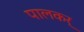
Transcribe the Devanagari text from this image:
पालकर्